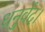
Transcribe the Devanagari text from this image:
धनुर्वेद।